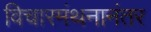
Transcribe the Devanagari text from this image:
विचारमंथनानंतर